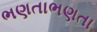
ભણતાભણતા